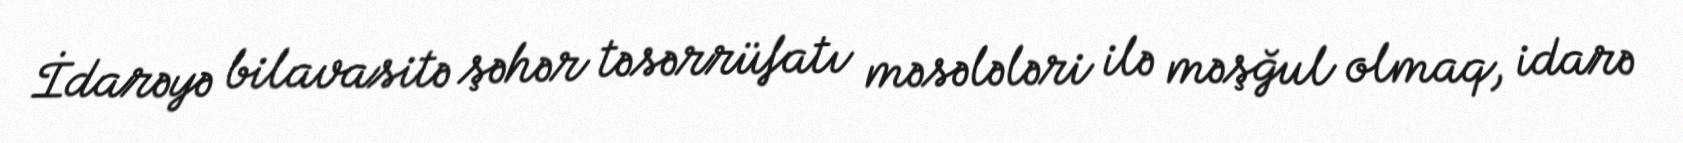
İdarəyə bilavasitə şəhər təsərrüfatı məsələləri ilə məşğul olmaq, idarə